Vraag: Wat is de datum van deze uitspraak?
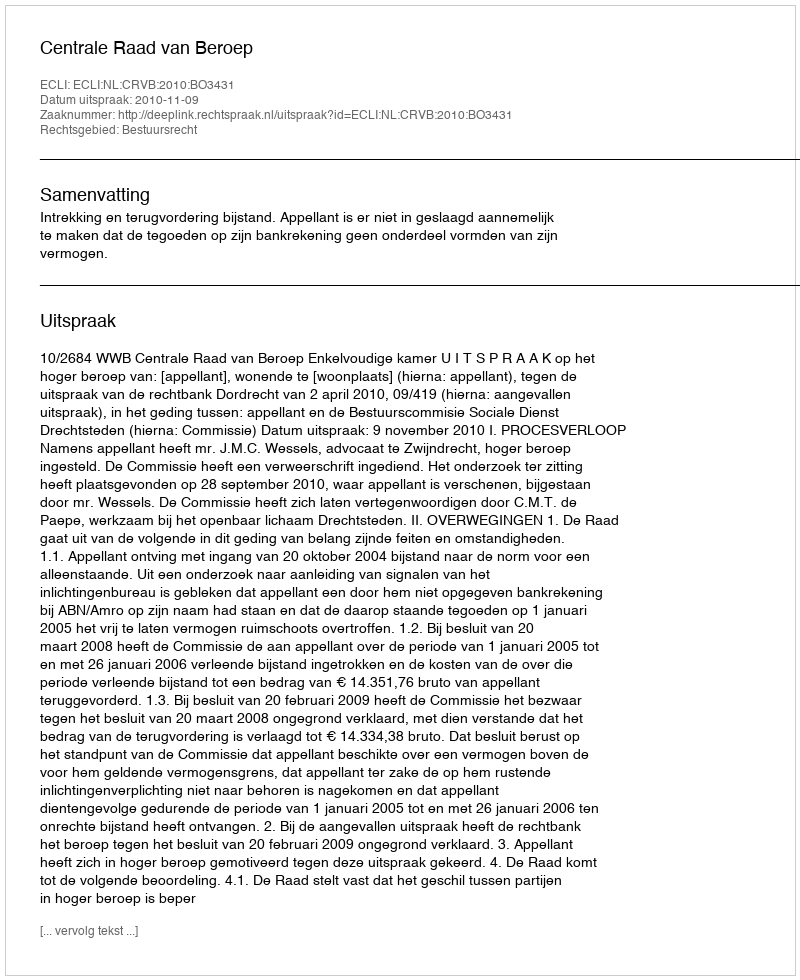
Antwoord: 2010-11-09